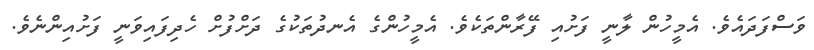
ވަސްފަދައެވެ. އެމީހުން ލާނީ ފަށުއި ފޭރާންތަކެވެ. އެމީހުންގެ އެނދުތަކުގެ ދަށްފުށް ހެދިފައިވަނީ ފަށުއިންނެވެ.